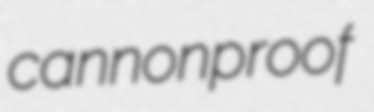
cannonproof